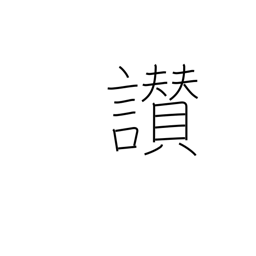
Meaning: praise